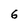
Character: 6